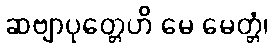
ဆဗျာပုတ္တေဟိ မေ မေတ္တံ၊